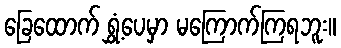
ခြေထောက် ရွှံ့ပေမှာ မကြောက်ကြရဘူး။